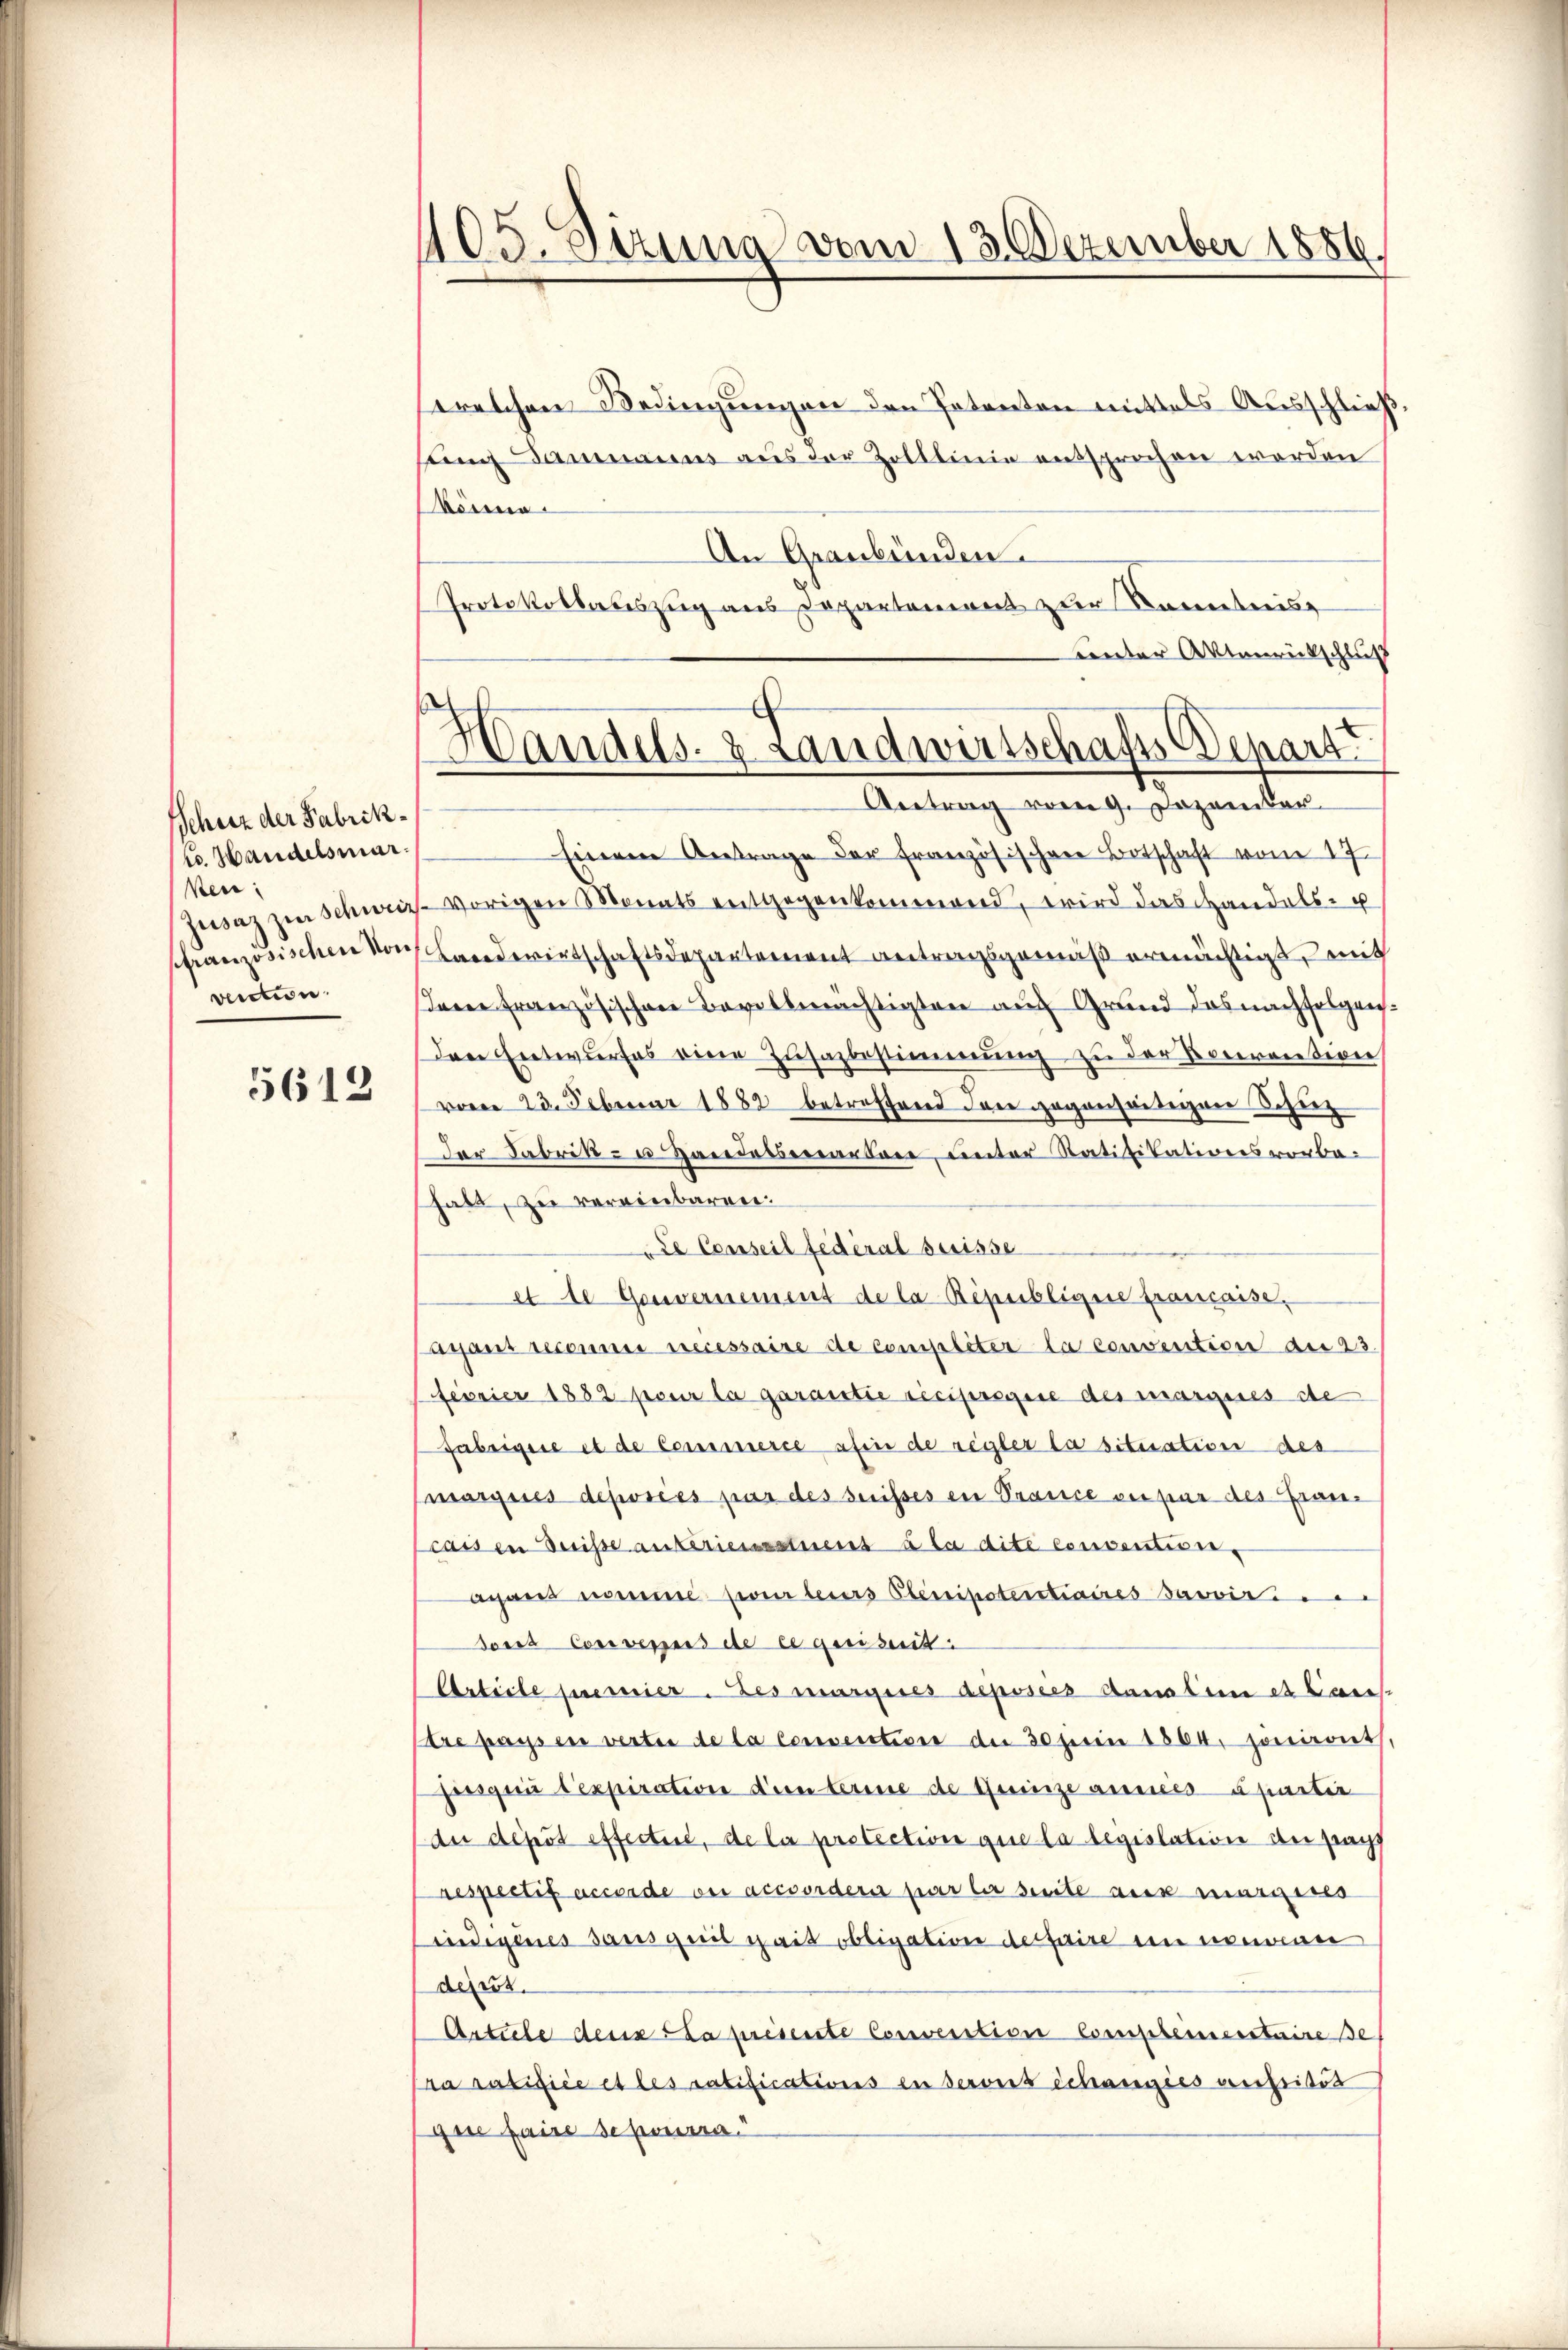
Scheit der Fabrikt. Handelsmar.
ken:
schranzösischen Vor
vecction.

5612

405. Sitzung vom 13. Dezember 1886.

welchen Bedingungen den Potenten mittels Ausschließ
sung anmanns aus der Zolllinie entsprochen werden
könne.
An Graubünden.
Protokollauszug aus Departement zur Kenntniss
Lnter Aktenrückschluß
Antrag vom 9. Dezember.
Einem Antrage der französischen Botschaft vom 17.
Jusaz zur Schweiz. vorigen Monats entgegenkommend, wird das Handels- u
Landwirtschaftsdepartement Antragsgemäß ermächtigt, mit
seine Französischen Bevollmächtigten auf Grund das nachfolgenden Entwurfes eine Zusazbestimmung zu der Beerention
vom 23. Februar 1882 betroffend dann gegenswidrigen Scherz
Der Fabrik- u Handelsmarden, unter Ratifikationsvorbe-
habt, zu vereinbaren.
de Conseil fédéral Suisse
et de Gouvernement de la République française.
aisant seconne necessaire de compliter la convention der 23.
Fevrier 1882 pour la garantie recipregie des marques de
Fabrigere et de Commerce afin de regler la situation des
marques deposées par des suisses in Prance verpur des Grau-
cassen Suisse antérieuestens à la dite conventiren.
agand nomme pour leurs Elenipotertiaires Bavvis
dons Convenus de ce quisit
Article premier. Les margeres deposies danaten et Cons
tre passen wertei de la converstice der 30 perin 1864. jouiront
pusqui l’expiration den berine de Heinze annes épartir
du dépôt effectire, de la protection que la legislation de sagt
respectif accorde der accordern par le seite aus margeses
indigenes Sausquit chait obligation der faire en nouven
dizus
Artile dens la présente Convention Compleinerstaire se
Pra ratifice et les ratifications en seront échangies anstitut
gase faire schourra

Handels- & Landwirtschafts Depart